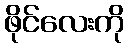
ဖိုင်လေးကို